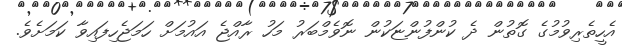
އެހީތެރިވުމުގެ ގޮތުން ދެ ކުންފުންޏަކުން ނޮވެމްބަރު މަހު ރާއްޖެ އައުމަށް ހަމަޖެހިފައިވާ ކަމަށެވެ.